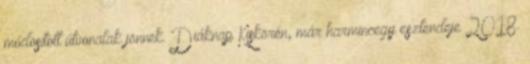
módosított útvonalak jönnek. Diáknap Kiskörén, már harmincegy esztendeje 2018.